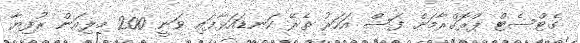
ގެޓްސެޓް ޕްރޮގްރާމަށް ފަސް އަހަރު ތެރޭ ކަނޑައަޅާފައި ވަނީ 200 މިލިއަން ރުފިޔާ